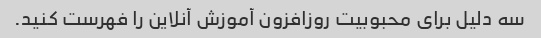
سه دلیل برای محبوبیت روزافزون آموزش آنلاین را فهرست کنید.